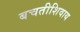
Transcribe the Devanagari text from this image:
बचतीशिवाय